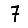
Digit: 7